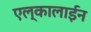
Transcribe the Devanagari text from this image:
एल्कालाईन